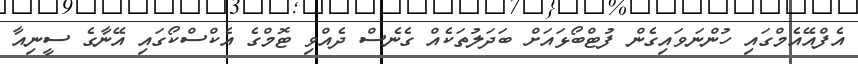
އެފްއޭއެމްގައި ހުންނަވައިގެން ފުޓްބޯޅައަށް ބަދަލުތަކެއް ގެނެސް ދެއްވި ޓޮމްގެ އެކްސްކޯގައި އޭނާގެ ސީނިއާ